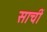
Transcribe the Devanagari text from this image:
साचीं